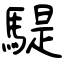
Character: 騠